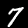
Label: 7